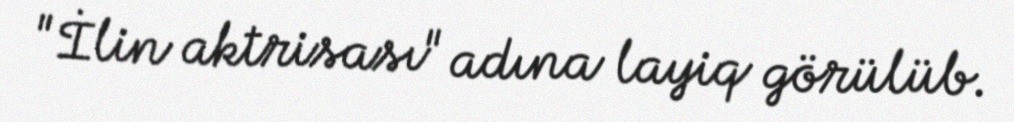
"İlin aktrisası" adına layiq görülüb.